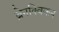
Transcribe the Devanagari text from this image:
ब्रेनक्विकन